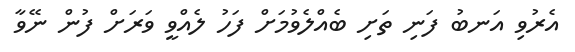
އެރުވި އަނބު ފަނި ތަށި ބެއްލެވުމަށް ފަހު ލެއްވީ ވަރަށް ފުން ނޭވާ